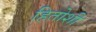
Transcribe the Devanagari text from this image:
हितोशी